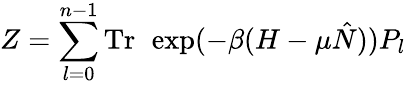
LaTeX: Z=\sum_{l=0}^{n-1}\mathrm{Tr\thinspace~}\exp(-\beta(H-\mu\hat{N}))P_{l}